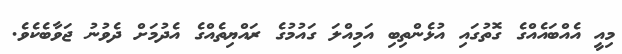
މިއީ އެއްބައެއްގެ ގޮތުގައި އުޅެންތިބި އަމިއްލަ ގައުމުގެ ރައްޔިތެއްގެ އެދުމަށް ދެވުނު ޖަވާބެކެވެ.